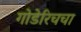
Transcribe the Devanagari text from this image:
गोडेरिचचा